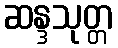
ဆန္ဒသုတ္တ